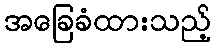
အခြေခံထားသည့်